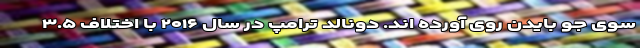
سوی جو بایدن روی آورده اند. دونالد ترامپ در سال ۲۰۱۶ با اختلاف ۳.۵